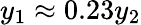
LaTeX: y_{1}\approx 0.23y_{2}